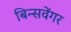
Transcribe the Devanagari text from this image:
बिन्सवेंगर